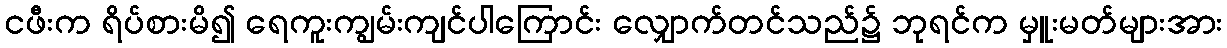
ငဖီးက ရိပ်စားမိ၍ ရေကူးကျွမ်းကျင်ပါကြောင်း လျှောက်တင်သည်၌ ဘုရင်က မှူးမတ်များအား